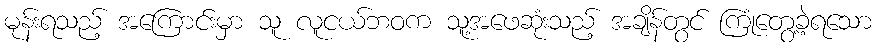
မုန်းရသည့် အကြောင်းမှာ သူ လူငယ်ဘဝက သူ့အဖေဆုံးသည့် အချိန်တွင် ကြုံတွေ့ခဲ့ရသော